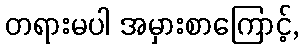
တရားမပါ အမှားစာကြောင့်,